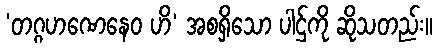
‘တဂ္ဂဟဏေနေဝ ဟိ’ အစရှိသော ပါဌ်ကို ဆိုသတည်း။